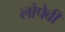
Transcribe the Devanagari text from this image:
लोपेवी